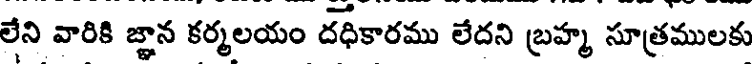
లేని వారికి జ్ఞాన కర్మలయం దధికారము లేదని బ్రహ్మ సూత్రములకు